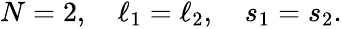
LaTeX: \begin{array}{r}{N=2,\quad\ell_{1}=\ell_{2},\quad s_{1}=s_{2}.}\end{array}